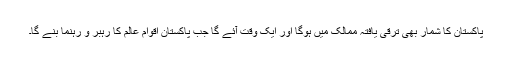
پاکستان کا شمار بھی ترقی یافتہ ممالک میں ہوگا اور ایک وقت آئے گا جب پاکستان اقوام عالم کا رہبر و رہنما بنے گا۔